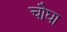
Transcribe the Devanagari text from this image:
चौघा